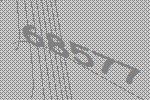
68577